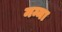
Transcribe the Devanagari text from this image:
मम्मा